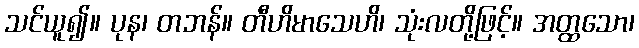
သင်ယူ၍။ ပုန၊ တဘန်။ တီဟိမာသေဟိ၊ သုံးလတို့ဖြင့်။ အတ္ထသော၊